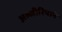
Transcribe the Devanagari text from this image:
अल्जीरियाने